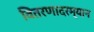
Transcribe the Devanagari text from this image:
वितरणादरम्यान